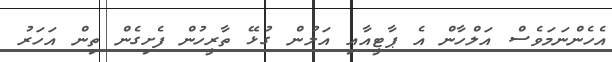
އެހެންނަމަވެސް އަލްހާން އެ ޕާޓީއާއި އަލުން ގުޅޭ ތާރީހުން ފެށިގެން ތިން އަހަރު